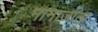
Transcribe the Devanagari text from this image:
मानाजाता